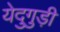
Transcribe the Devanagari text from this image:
येदुगुड़ी